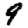
Digit: 9